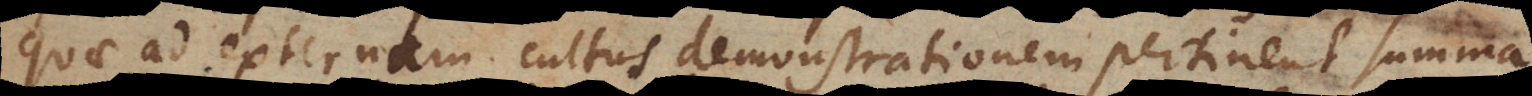
quae ad externam cultus demonstrationem pertinent mira